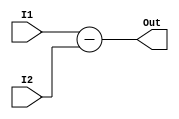
module Sub(I1, I2, Out);
	
	input [31:0] I1, I2;
	output [31:0] Out;
	
	assign Out = I1 - I2;
	
endmodule